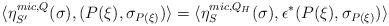
LaTeX: \begin{align*}\langle \eta_{S'}^{mic,Q}(\sigma), (P(\xi),\sigma_{P(\xi)}) \rangle = \langle \eta_{S}^{mic,Q_{H}}(\sigma),\epsilon^{*}(P(\xi), \sigma_{P(\xi)}) \rangle\end{align*}